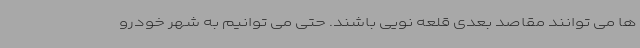
ها می توانند مقاصد بعدی قلعه نویی باشند. حتی می توانیم به شهر خودرو